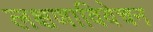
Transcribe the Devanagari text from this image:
लक्षणाविवेचन